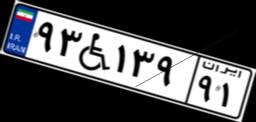
۹۳W۱۳۹۹۱